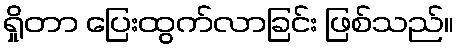
ရှိုတာ ပြေးထွက်လာခြင်း ဖြစ်သည်။